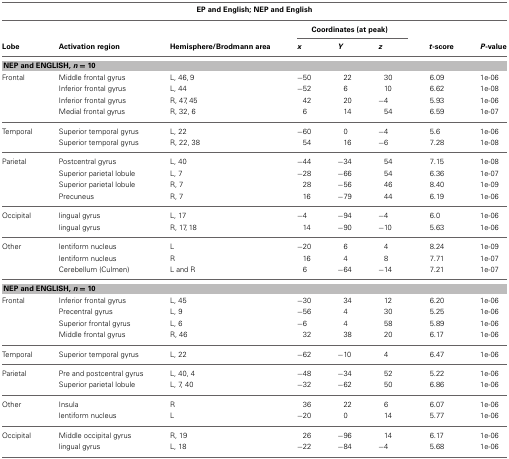
<table><thead><tr><td colspan="8"><b>EP and English; NEP and English</b></td></tr></thead><tbody><tr><td colspan="3"></td><td colspan="3"><b>Coordinates (at peak)</b></td><td colspan="2"></td></tr><tr><td><b>Lobe</b></td><td><b>Activation region</b></td><td><b>Hemisphere/Brodmann area</b></td><td><b><i>x</i></b></td><td><b><i>Y</i></b></td><td><b><i>z</i></b></td><td><b><i>t</i>-score</b></td><td><b><i>P</i>-value</b></td></tr><tr><td colspan="8"><b>NEP and ENGLISH, <i>n</i> = 10</b></td></tr><tr><td>Frontal</td><td>Middle frontal gyrus</td><td>L, 46, 9</td><td>−50</td><td>22</td><td>30</td><td>6.09</td><td>1e-06</td></tr><tr><td></td><td>Inferior frontal gyrus</td><td>L, 44</td><td>−52</td><td>6</td><td>10</td><td>6.62</td><td>1e-08</td></tr><tr><td></td><td>Inferior frontal gyrus</td><td>R, 47, 45</td><td>42</td><td>20</td><td>−4</td><td>5.93</td><td>1e-06</td></tr><tr><td></td><td>Medial frontal gyrus</td><td>R, 32, 6</td><td>6</td><td>14</td><td>54</td><td>6.59</td><td>1e-07</td></tr><tr><td>Temporal</td><td>Superior temporal gyrus</td><td>L, 22</td><td>−60</td><td>0</td><td>−4</td><td>5.6</td><td>1e-06</td></tr><tr><td></td><td>Superior temporal gyrus</td><td>R, 22, 38</td><td>54</td><td>16</td><td>−6</td><td>7.28</td><td>1e-08</td></tr><tr><td>Parietal</td><td>Postcentral gyrus</td><td>L, 40</td><td>−44</td><td>−34</td><td>54</td><td>7.15</td><td>1e-08</td></tr><tr><td></td><td>Superior parietal lobule</td><td>L, 7</td><td>−28</td><td>−66</td><td>54</td><td>6.36</td><td>1e-07</td></tr><tr><td></td><td>Superior parietal lobule</td><td>R, 7</td><td>28</td><td>−56</td><td>46</td><td>8.40</td><td>1e-09</td></tr><tr><td></td><td>Precuneus</td><td>R, 7</td><td>16</td><td>−79</td><td>44</td><td>6.19</td><td>1e-06</td></tr><tr><td>Occipital</td><td>lingual gyrus</td><td>L, 17</td><td>−4</td><td>−94</td><td>−4</td><td>6.0</td><td>1e-06</td></tr><tr><td></td><td>lingual gyrus</td><td>R, 17, 18</td><td>14</td><td>−90</td><td>−10</td><td>5.63</td><td>1e-06</td></tr><tr><td>Other</td><td>lentiform nucleus</td><td>L</td><td>−20</td><td>6</td><td>4</td><td>8.24</td><td>1e-09</td></tr><tr><td></td><td>lentiform nucleus</td><td>R</td><td>16</td><td>4</td><td>8</td><td>7.71</td><td>1e-07</td></tr><tr><td></td><td>Cerebellum (Culmen)</td><td>L and R</td><td>6</td><td>−64</td><td>−14</td><td>7.21</td><td>1e-07</td></tr><tr><td colspan="8"><b>NEP and ENGLISH, <i>n</i> = 10</b></td></tr><tr><td>Frontal</td><td>Inferior frontal gyrus</td><td>L, 45</td><td>−30</td><td>34</td><td>12</td><td>6.20</td><td>1e-06</td></tr><tr><td></td><td>Precentral gyrus</td><td>L, 9</td><td>−56</td><td>4</td><td>30</td><td>5.25</td><td>1e-06</td></tr><tr><td></td><td>Superior frontal gyrus</td><td>L, 6</td><td>−6</td><td>4</td><td>58</td><td>5.89</td><td>1e-06</td></tr><tr><td></td><td>Middle frontal gyrus</td><td>R, 46</td><td>32</td><td>38</td><td>20</td><td>6.17</td><td>1e-06</td></tr><tr><td>Temporal</td><td>Superior temporal gyrus</td><td>L, 22</td><td>−62</td><td>−10</td><td>4</td><td>6.47</td><td>1e-06</td></tr><tr><td>Parietal</td><td>Pre and postcentral gyrus</td><td>L, 40, 4</td><td>−48</td><td>−34</td><td>52</td><td>5.22</td><td>1e-06</td></tr><tr><td></td><td>Superior parietal lobule</td><td>L, 7, 40</td><td>−32</td><td>−62</td><td>50</td><td>6.86</td><td>1e-06</td></tr><tr><td>Other</td><td>Insula</td><td>R</td><td>36</td><td>22</td><td>6</td><td>6.07</td><td>1e-06</td></tr><tr><td></td><td>lentiform nucleus</td><td>L</td><td>−20</td><td>0</td><td>14</td><td>5.77</td><td>1e-06</td></tr><tr><td>Occipital</td><td>Middle occipital gyrus</td><td>R, 19</td><td>26</td><td>−96</td><td>14</td><td>6.17</td><td>1e-06</td></tr><tr><td></td><td>lingual gyrus</td><td>L, 18</td><td>−22</td><td>−84</td><td>−4</td><td>5.68</td><td>1e-06</td></tr></tbody></table>